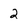
Character: 2